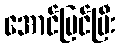
အောင်မြင်ပြီး